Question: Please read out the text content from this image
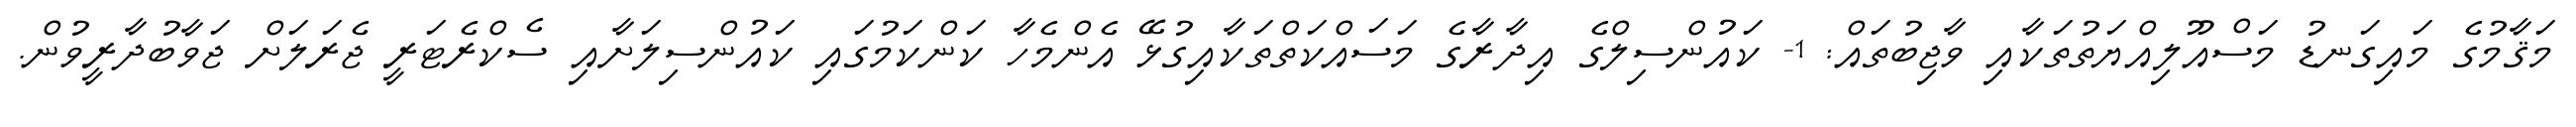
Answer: މަޤާމުގެ މައިގަނޑު މަސްއޫލިއްޔަތުތަކާއި ވާޖިބުތައް: 1- ކައުންސިލްގެ އިދާރާގެ މަސައްކަތްތަކާއިގުޅޭ އެންމެހާ ކަންކަމުގައި ކައުންސިލަށާއި ސެކްރެޓަރީ ޖެރަލަށް ޖަވާބުދާރީވުން.